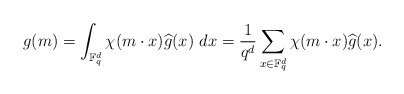
\begin{align*} g(m)=\int_{\mathbb F_q^d} \chi(m\cdot x) \widehat{g}(x)~dx =\frac{1}{q^d} \sum_{x\in \mathbb F_q^d} \chi(m\cdot x) \widehat{g}(x).\end{align*}